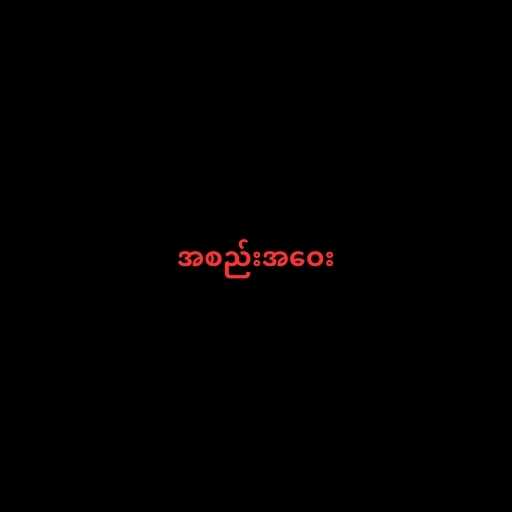
အစည်းအဝေး